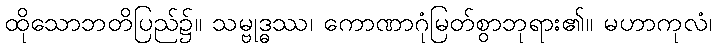
ထိုသောဘတိပြည်၌။ သမ္ဗုဒ္ဓဿ၊ ကောဏာဂုံမြတ်စွာဘုရား၏။ မဟာကုလံ၊